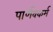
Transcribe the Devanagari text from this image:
पार्णवकर्म